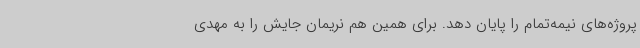
پروژه‌های نیمه‌تمام را پایان دهد. برای همین هم نریمان جایش را به مهدی